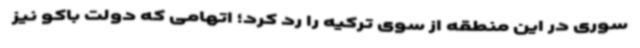
سوری در این منطقه از سوی ترکیه را رد کرد؛ اتهامی که دولت باکو نیز